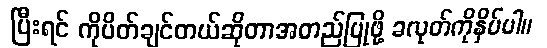
ပြီးရင် ကိုပိတ်ချင်တယ်ဆိုတာအတည်ပြုဖို့ ခလုတ်ကိုနှိပ်ပါ။